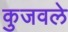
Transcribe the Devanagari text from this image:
कुजवले